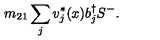
m _ { 2 1 } \sum _ { j } v _ { j } ^ { * } ( x ) b _ { j } ^ { \dag } S ^ { - } .